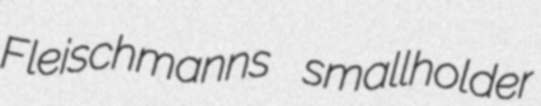
Fleischmanns smallholder